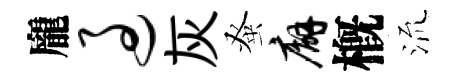
龐过灰𫊫廨槪𣴑